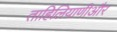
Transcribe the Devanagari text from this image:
ताहिलियाणीऔर